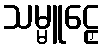
သမ္မူဠှေ